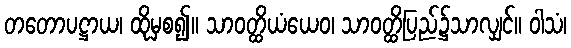
တတောပဋ္ဌာယ၊ ထိုမှစ၍။ သာဝတ္ထိယံယေဝ၊ သာဝတ္ထိပြည်၌သာလျှင်။ ဝါသံ၊